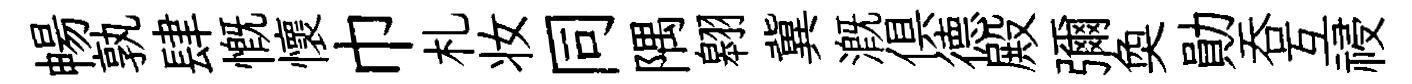
暢孰肆慨懷巾札妆同隅翱冀溉俱德殿彌奐勛呑互祲